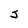
Character: s